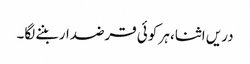
دریں اثنا، ہر کوئی قرضدار بننے لگا۔